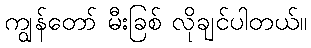
ကျွန်တော် မီးခြစ် လိုချင်ပါတယ်။